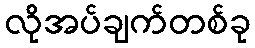
လိုအပ်ချက်တစ်ခု